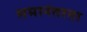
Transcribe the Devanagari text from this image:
समानंतरता